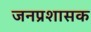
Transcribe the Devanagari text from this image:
जनप्रशासक